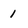
Character: 1